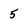
Character: 5